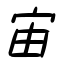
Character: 宙